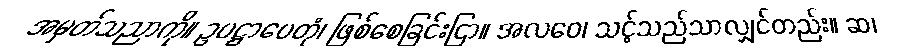
အမှတ်သညာကို။ ဥပဋ္ဌာပေတုံ၊ ဖြစ်စေခြင်းငြာ။ အလဝေ၊ သင့်သည်သာလျှင်တည်း။ ဆ၊